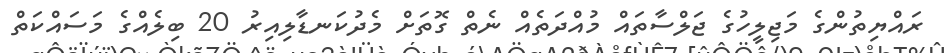
ރައްޔިތުންގެ މަޖިލީހުގެ ޖަލްސާތައް މުއްދަތެއް ނެތް ގޮތަށް މެދުކަނޑާލިއިރު 20 ބިލެއްގެ މަސައްކަތް